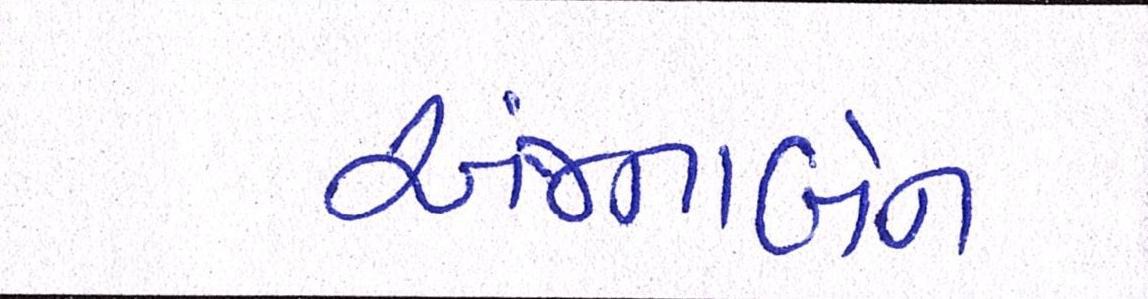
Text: અંજનાબેન